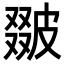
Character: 𤿵